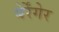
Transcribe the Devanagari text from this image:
बेर्रेंगेर